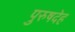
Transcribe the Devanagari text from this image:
पुरुषदेह